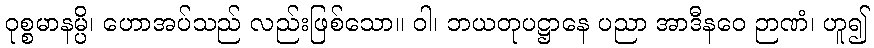
ဝုစ္စမာနမ္ပိ၊ ဟောအပ်သည် လည်းဖြစ်သော။ ဝါ၊ ဘယတုပဋ္ဌာနေ ပညာ အာဒီနဝေ ဉာဏံ၊ ဟူ၍